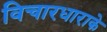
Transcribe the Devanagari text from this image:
विचारधाराके